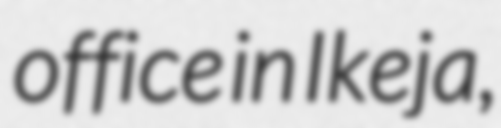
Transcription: office in Ikeja,